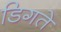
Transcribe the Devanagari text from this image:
डिगते